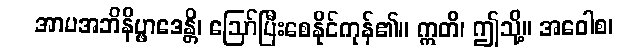
အာမအဘိနိပ္ဖာဒေန္တိ၊ ဩော်ပြီးစေနိုင်ကုန်၏။ ဣတိ၊ ဤသို့။ အဝေါစ၊